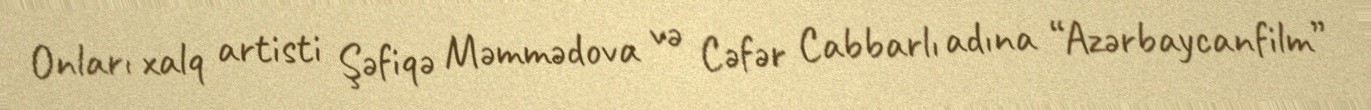
Onları xalq artisti Şəfiqə Məmmədova və Cəfər Cabbarlı adına “Azərbaycanfilm”